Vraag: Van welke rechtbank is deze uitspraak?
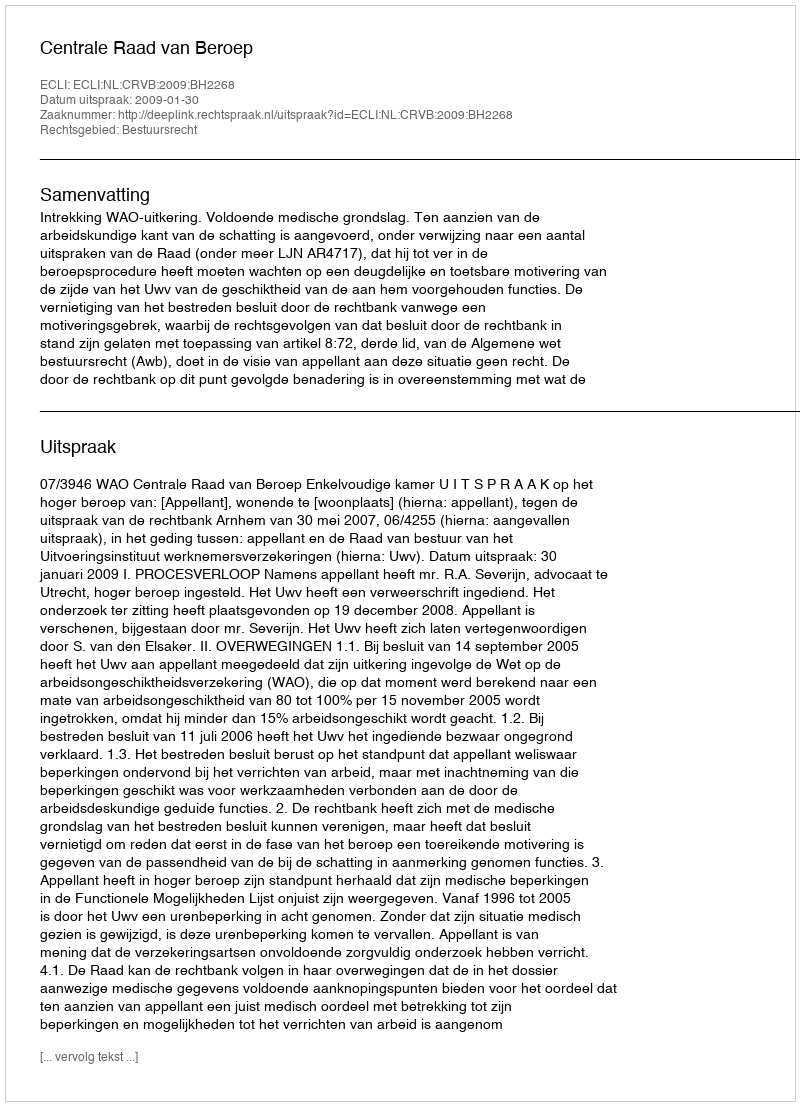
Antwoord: Centrale Raad van Beroep